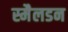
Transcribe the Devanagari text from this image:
स्मैलडन